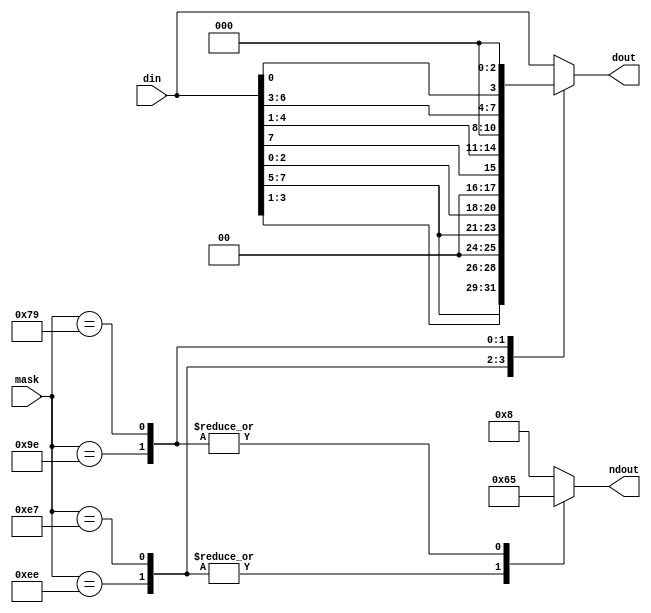
module cc_puncture (
    din         ,   
    mask        ,   
    dout        ,   
    ndout           
    ) ;
input       [7:0]   din ;
input       [7:0]   mask ;
output reg  [7:0]   dout ;
output reg  [3:0]   ndout ;
always @*
begin
  ndout = 8 ;
  dout = din ;
  case (mask)   
    8'b1111_1111: begin 
      ndout = 8 ;
      dout = din ;
    end
    8'b1110_1110: begin 
      ndout = 6 ;
      dout = {din[7:5], din[3:1], 1'b0, 1'b0} ;
    end
    8'b1110_0111: begin 
      ndout = 6 ;
      dout = {din[7:5], din[2:0], 1'b0, 1'b0} ;
    end    
    8'b1001_1110: begin 
      ndout = 5 ;
      dout = {din[7], din[4:1], 1'b0, 1'b0, 1'b0} ;
    end  
    8'b0111_1001: begin 
      ndout = 5 ;
      dout = {din[6:3], din[0], 1'b0, 1'b0, 1'b0} ;
    end          
  endcase  
end
endmodule